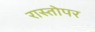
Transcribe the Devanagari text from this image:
रास्तोपर